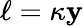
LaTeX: \ell=\kappa\mathbf{y}